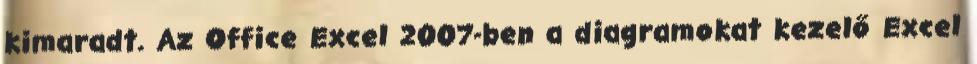
kimaradt. Az Office Excel 2007-ben a diagramokat kezelő Excel